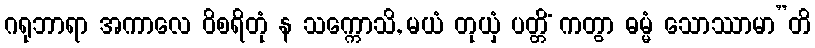
ဂရုဘာရာ အကာလေ ဝိစရိတုံ န သက္ကောသိ, မယံ တုယှံ ပတ္တိံ ကတွာ ဓမ္မံ သောဿာမာ”တိ